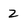
Character: Z